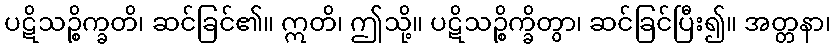
ပဋိသဉ္စိက္ခတိ၊ ဆင်ခြင်၏။ ဣတိ၊ ဤသို့။ ပဋိသဉ္စိက္ခိတွာ၊ ဆင်ခြင်ပြီး၍။ အတ္တနာ၊